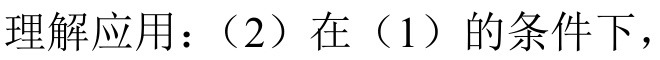
理解应用：（2）在（1）的条件下，